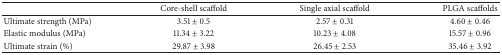
|  | Core-shell scaffold | Single axial scaffold | PLGA scaffolds |
 | --- | --- | --- | --- |
 | Ultimate strength (MPa) | 3.51 ± 0.5 | 2.57 ± 0.31 | 4.60 ± 0.46 |
 | Elastic modulus (MPa) | 11.34 ± 3.22 | 10.23 ± 4.08 | 15.57 ± 0.96 |
 | Ultimate strain (%) | 29.87 ± 3.98 | 26.45 ± 2.53 | 35.46 ± 3.92 |